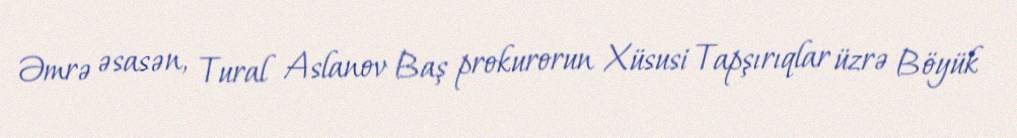
Əmrə əsasən, Tural Aslanov Baş prokurorun Xüsusi Tapşırıqlar üzrə Böyük